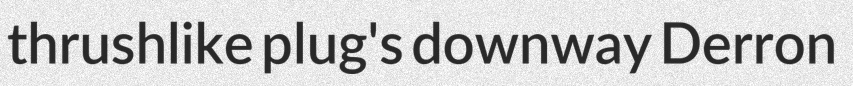
thrushlike plug's downway Derron